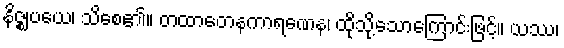
နိဇ္ဈပယေ၊ သိစေ၏။ တထာတေနကာရဏေန၊ ထိုသို့သောကြောင်းဖြင့်။ ယဿ၊